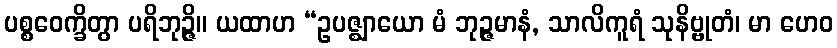
ပစ္စဝေက္ခိတွာ ပရိဘုဉ္ဇိ။ ယထာဟ “ဥပဇ္ဈာယော မံ ဘုဉ္ဇမာနံ, သာလိကူရံ သုနိဗ္ဗုတံ၊ မာ ဟေဝ